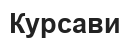
Курсави